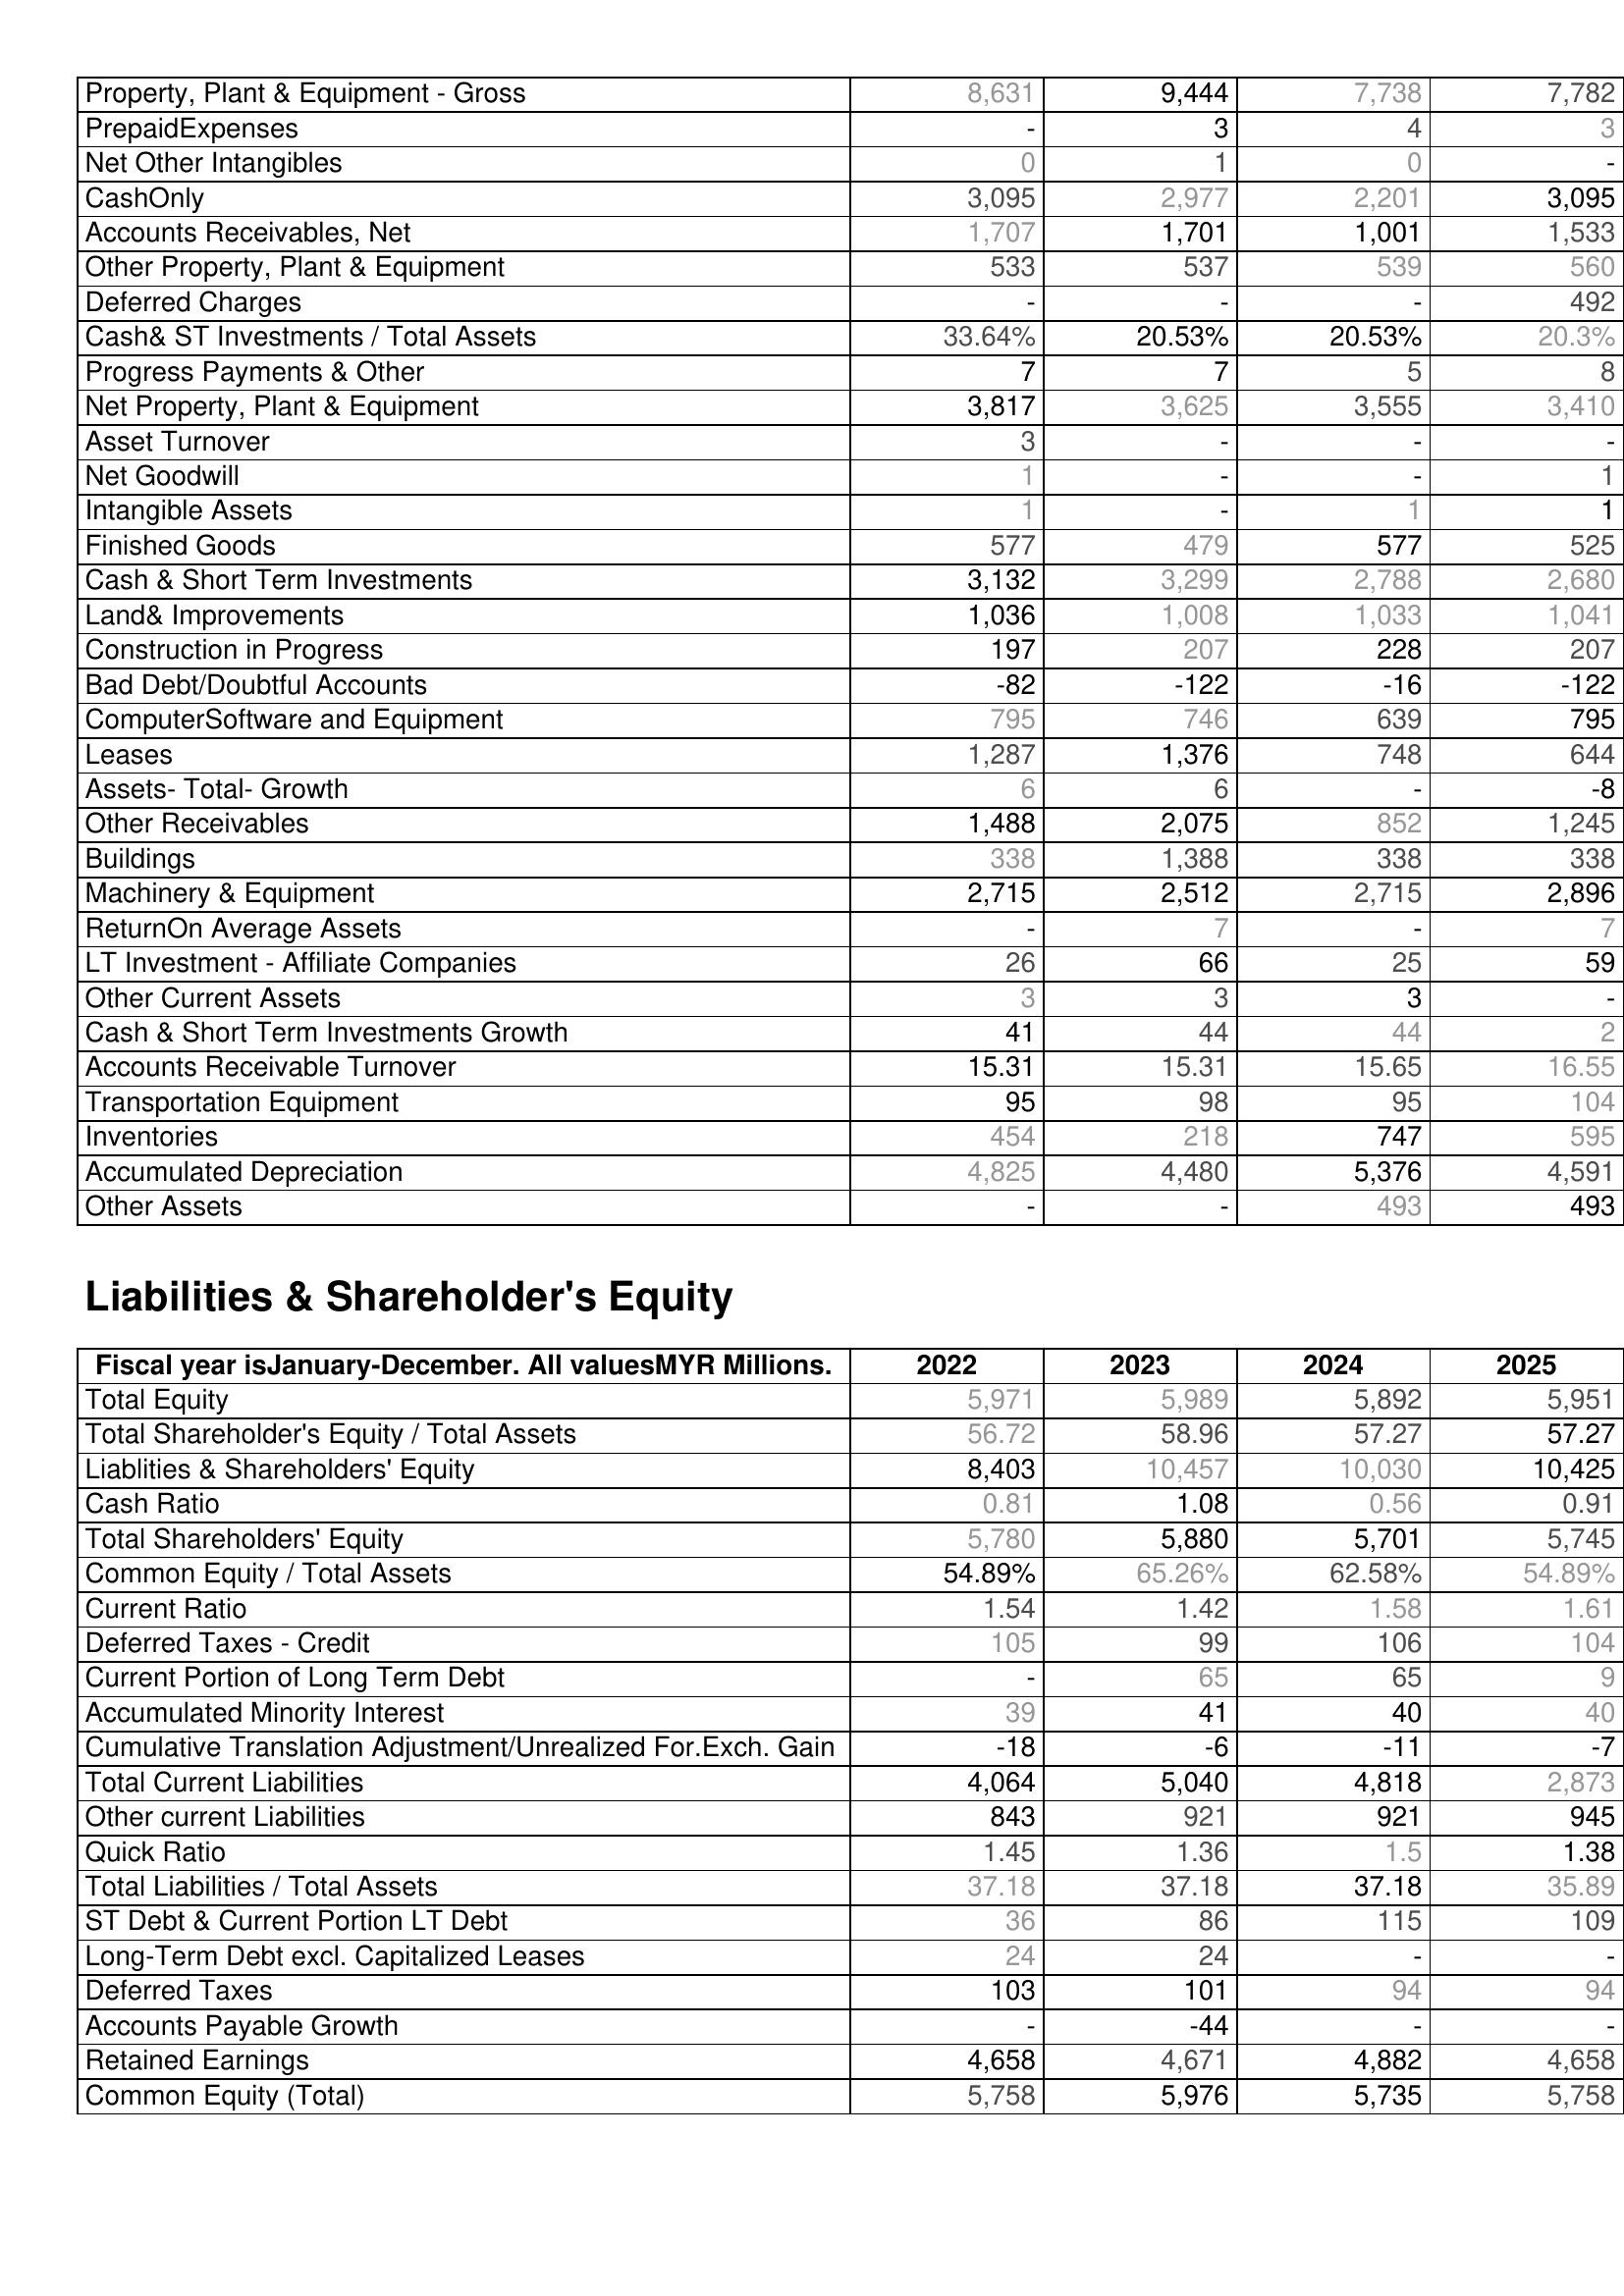
2022: Assets: Property, Plant & Equipment - Gross : 8,631
PrepaidExpenses: -
Net Other Intangibles: 0
CashOnly: 3,095
Accounts Receivables, Net: 1,707
Other Property, Plant & Equipment: 533
Deferred Charges: -
Cash& ST Investments / Total Assets: 33.64%
Progress Payments & Other: 7
Net Property, Plant & Equipment: 3,817
Asset Turnover: 3
Net Goodwill: 1
Intangible Assets: 1
Finished Goods: 577
Cash & Short Term Investments: 3,132
Land& Improvements: 1,036
Construction in Progress: 197
Bad Debt/Doubtful Accounts: -82
ComputerSoftware and Equipment: 795
Leases: 1,287
Assets- Total- Growth: 6
Other Receivables: 1,488
Buildings: 338
Machinery & Equipment: 2,715
ReturnOn Average Assets: -
LT Investment - Affiliate Companies: 26
Other Current Assets: 3
Cash & Short Term Investments Growth: 41
Accounts Receivable Turnover: 15.31
Transportation Equipment: 95
Inventories: 454
Accumulated Depreciation: 4,825
Other Assets: -
Liabilities & Shareholder's Equity: Total Equity: 5,971
Total Shareholder's Equity / Total Assets: 56.72
Liablities & Shareholders' Equity: 8,403
Cash Ratio: 0.81
Total Shareholders' Equity: 5,780
Common Equity / Total Assets: 54.89%
Current Ratio: 1.54
Deferred Taxes - Credit: 105
Current Portion of Long Term Debt: -
Accumulated Minority Interest: 39
Cumulative Translation Adjustment/Unrealized For.Exch. Gain: -18
Total Current Liabilities: 4,064
Other current Liabilities: 843
Quick Ratio: 1.45
Total Liabilities / Total Assets: 37.18
ST Debt & Current Portion LT Debt: 36
Long-Term Debt excl. Capitalized Leases: 24
Deferred Taxes: 103
Accounts Payable Growth: -
Retained Earnings: 4,658
Common Equity (Total): 5,758
2023: Assets: Property, Plant & Equipment - Gross : 9,444
PrepaidExpenses: 3
Net Other Intangibles: 1
CashOnly: 2,977
Accounts Receivables, Net: 1,701
Other Property, Plant & Equipment: 537
Deferred Charges: -
Cash& ST Investments / Total Assets: 20.53%
Progress Payments & Other: 7
Net Property, Plant & Equipment: 3,625
Asset Turnover: -
Net Goodwill: -
Intangible Assets: -
Finished Goods: 479
Cash & Short Term Investments: 3,299
Land& Improvements: 1,008
Construction in Progress: 207
Bad Debt/Doubtful Accounts: -122
ComputerSoftware and Equipment: 746
Leases: 1,376
Assets- Total- Growth: 6
Other Receivables: 2,075
Buildings: 1,388
Machinery & Equipment: 2,512
ReturnOn Average Assets: 7
LT Investment - Affiliate Companies: 66
Other Current Assets: 3
Cash & Short Term Investments Growth: 44
Accounts Receivable Turnover: 15.31
Transportation Equipment: 98
Inventories: 218
Accumulated Depreciation: 4,480
Other Assets: -
Liabilities & Shareholder's Equity: Total Equity: 5,989
Total Shareholder's Equity / Total Assets: 58.96
Liablities & Shareholders' Equity: 10,457
Cash Ratio: 1.08
Total Shareholders' Equity: 5,880
Common Equity / Total Assets: 65.26%
Current Ratio: 1.42
Deferred Taxes - Credit: 99
Current Portion of Long Term Debt: 65
Accumulated Minority Interest: 41
Cumulative Translation Adjustment/Unrealized For.Exch. Gain: -6
Total Current Liabilities: 5,040
Other current Liabilities: 921
Quick Ratio: 1.36
Total Liabilities / Total Assets: 37.18
ST Debt & Current Portion LT Debt: 86
Long-Term Debt excl. Capitalized Leases: 24
Deferred Taxes: 101
Accounts Payable Growth: -44
Retained Earnings: 4,671
Common Equity (Total): 5,976
2024: Assets: Property, Plant & Equipment - Gross : 7,738
PrepaidExpenses: 4
Net Other Intangibles: 0
CashOnly: 2,201
Accounts Receivables, Net: 1,001
Other Property, Plant & Equipment: 539
Deferred Charges: -
Cash& ST Investments / Total Assets: 20.53%
Progress Payments & Other: 5
Net Property, Plant & Equipment: 3,555
Asset Turnover: -
Net Goodwill: -
Intangible Assets: 1
Finished Goods: 577
Cash & Short Term Investments: 2,788
Land& Improvements: 1,033
Construction in Progress: 228
Bad Debt/Doubtful Accounts: -16
ComputerSoftware and Equipment: 639
Leases: 748
Assets- Total- Growth: -
Other Receivables: 852
Buildings: 338
Machinery & Equipment: 2,715
ReturnOn Average Assets: -
LT Investment - Affiliate Companies: 25
Other Current Assets: 3
Cash & Short Term Investments Growth: 44
Accounts Receivable Turnover: 15.65
Transportation Equipment: 95
Inventories: 747
Accumulated Depreciation: 5,376
Other Assets: 493
Liabilities & Shareholder's Equity: Total Equity: 5,892
Total Shareholder's Equity / Total Assets: 57.27
Liablities & Shareholders' Equity: 10,030
Cash Ratio: 0.56
Total Shareholders' Equity: 5,701
Common Equity / Total Assets: 62.58%
Current Ratio: 1.58
Deferred Taxes - Credit: 106
Current Portion of Long Term Debt: 65
Accumulated Minority Interest: 40
Cumulative Translation Adjustment/Unrealized For.Exch. Gain: -11
Total Current Liabilities: 4,818
Other current Liabilities: 921
Quick Ratio: 1.5
Total Liabilities / Total Assets: 37.18
ST Debt & Current Portion LT Debt: 115
Long-Term Debt excl. Capitalized Leases: -
Deferred Taxes: 94
Accounts Payable Growth: -
Retained Earnings: 4,882
Common Equity (Total): 5,735
2025: Assets: Property, Plant & Equipment - Gross : 7,782
PrepaidExpenses: 3
Net Other Intangibles: -
CashOnly: 3,095
Accounts Receivables, Net: 1,533
Other Property, Plant & Equipment: 560
Deferred Charges: 492
Cash& ST Investments / Total Assets: 20.3%
Progress Payments & Other: 8
Net Property, Plant & Equipment: 3,410
Asset Turnover: -
Net Goodwill: 1
Intangible Assets: 1
Finished Goods: 525
Cash & Short Term Investments: 2,680
Land& Improvements: 1,041
Construction in Progress: 207
Bad Debt/Doubtful Accounts: -122
ComputerSoftware and Equipment: 795
Leases: 644
Assets- Total- Growth: -8
Other Receivables: 1,245
Buildings: 338
Machinery & Equipment: 2,896
ReturnOn Average Assets: 7
LT Investment - Affiliate Companies: 59
Other Current Assets: -
Cash & Short Term Investments Growth: 2
Accounts Receivable Turnover: 16.55
Transportation Equipment: 104
Inventories: 595
Accumulated Depreciation: 4,591
Other Assets: 493
Liabilities & Shareholder's Equity: Total Equity: 5,951
Total Shareholder's Equity / Total Assets: 57.27
Liablities & Shareholders' Equity: 10,425
Cash Ratio: 0.91
Total Shareholders' Equity: 5,745
Common Equity / Total Assets: 54.89%
Current Ratio: 1.61
Deferred Taxes - Credit: 104
Current Portion of Long Term Debt: 9
Accumulated Minority Interest: 40
Cumulative Translation Adjustment/Unrealized For.Exch. Gain: -7
Total Current Liabilities: 2,873
Other current Liabilities: 945
Quick Ratio: 1.38
Total Liabilities / Total Assets: 35.89
ST Debt & Current Portion LT Debt: 109
Long-Term Debt excl. Capitalized Leases: -
Deferred Taxes: 94
Accounts Payable Growth: -
Retained Earnings: 4,658
Common Equity (Total): 5,758